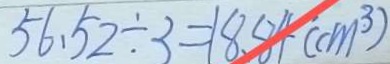
5 6 . 5 2 \div 3 = 1 8 . 8 4 ( c m ^ { 3 } )